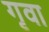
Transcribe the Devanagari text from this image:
गृवा